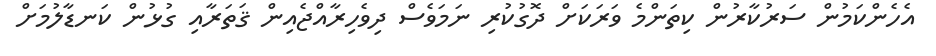
އެހެންކަމުން ސަރުކާރުން ކިތަންމެ ވަރަކަށް ދޮގުކުރި ނަމަވެސް ދިވެހިރާއްޖެއިން ޤަތަރާއި ގުޅުން ކަނޑާލުމަށް